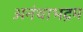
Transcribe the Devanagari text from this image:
अनंथाभद्रम